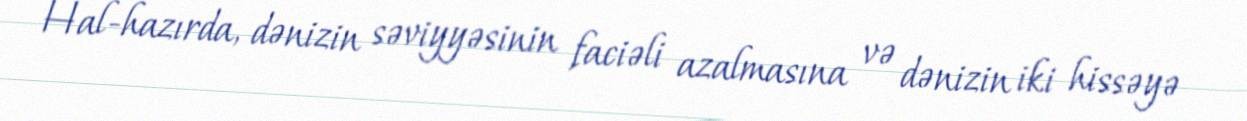
Hal-hazırda, dənizin səviyyəsinin faciəli azalmasına və dənizin iki hissəyə